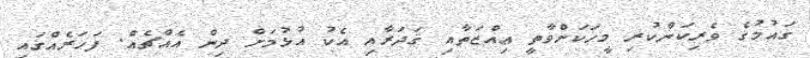
ގައުމުގެ ވެރިކަންކުރި މީހަކަށްވާތީ ޢިއްޒަތާއި ޤަދަރާއި އެކު އުޅުމަށް ދިން އެއްޗެއް. ފަހަރެއްގައި